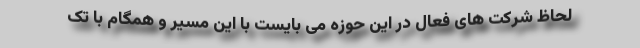
لحاظ شرکت های فعال در این حوزه می بایست با این مسیر و همگام با تک